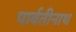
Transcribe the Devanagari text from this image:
पार्वतीनाथ